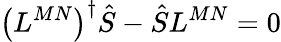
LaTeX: \left(L^{MN}\right)^{\dagger}\hat{S}-\hat{S}L^{MN}=0